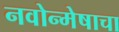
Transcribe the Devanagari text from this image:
नवोन्मेषाचा